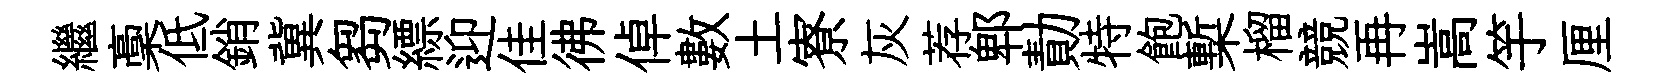
繼稾低銷冀芻縹迎佳彿倬數土寮灰荐郫勣特飽槧榴競再嵩竽厘